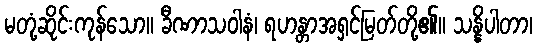
မတုံ့ဆိုင်းကုန်သော။ ခီဏာသဝါနံ၊ ရဟန္တာအရှင်မြတ်တို့၏။ သန္နိပါတာ၊